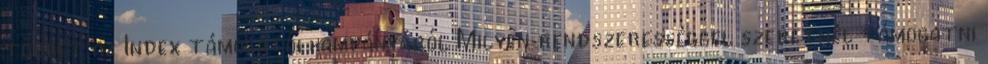
többet az Index támogatói kampányáról Milyen rendszerességgel szeretnél támogatni